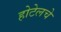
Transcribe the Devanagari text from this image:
होटेलचे